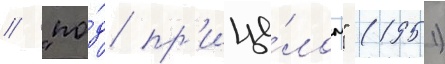
/ "по́д пр'ице́лом" (1951)